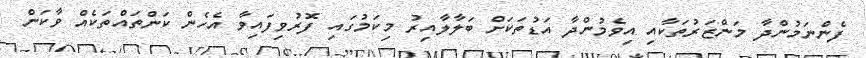
ފެންނަމުންދާ މަންޒަރުތަކާއި އިވެމުންދާ އަޑުތަކަށް ބަލާލާއިރު މިކަމުގައި ފޮރުވިފައިވާ އެހެން ކަންތައްތަކެއް ވާކަން